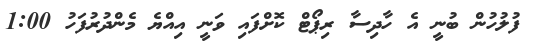
ފުލުހުން ބުނީ އެ ހާދިސާ ރިޕޯޓް ކޮށްފައި ވަނީ އިއްޔެ މެންދުރުފަހު 1:00